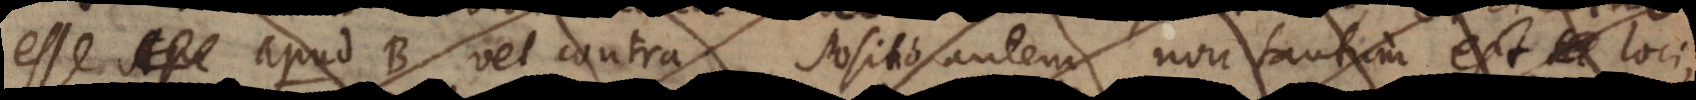
esse apud B vel contra. Positio autem non tantum est loci,